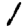
Digit: 1